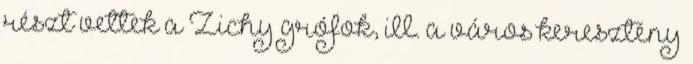
részt vettek a Zichy grófok, ill. a város keresztény